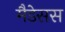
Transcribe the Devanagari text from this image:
मैडेसस